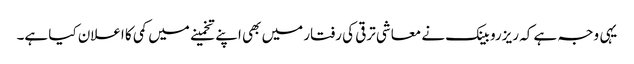
یہی وجہ ہے کہ ریزرو بینک نے معاشی ترقی کی رفتار میں بھی اپنے تخمینے میں کمی کا اعلان کیا ہے۔